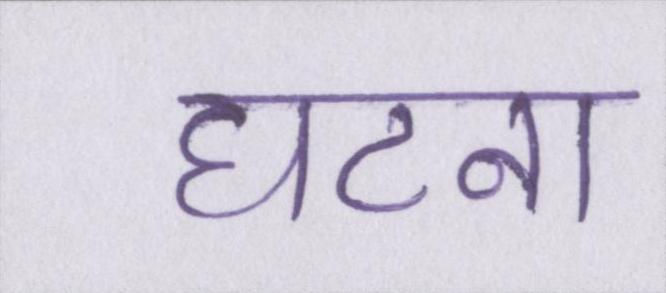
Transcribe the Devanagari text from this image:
घटना